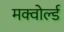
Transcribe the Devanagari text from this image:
मक्वोर्ल्ड